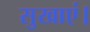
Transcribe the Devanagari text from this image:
सुखाएं।